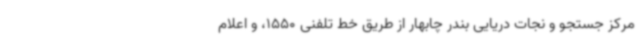
مرکز جستجو و نجات دریایی بندر چابهار از طریق خط تلفنی 1550، و اعلام